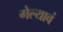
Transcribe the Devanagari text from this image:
गेल्यावं